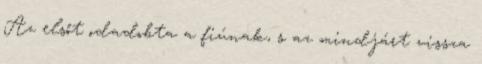
Az elsőt odadobta a fiúnak, s az mindjárt vissza